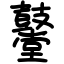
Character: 鼞